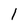
Character: 1